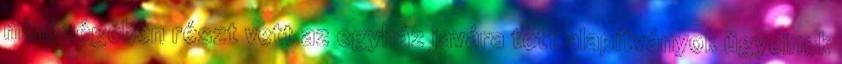
minőségében részt vett az egyház javára tett alapítványok ügyeinek